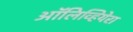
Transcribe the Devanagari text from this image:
ऑलिव्हियेरा